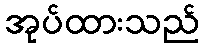
အုပ်ထားသည်